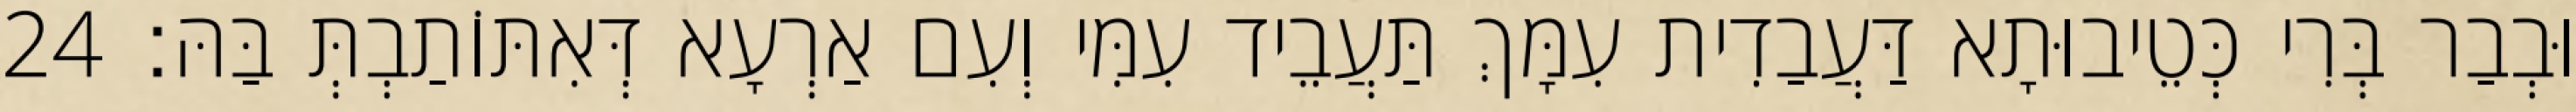
וּבְבַר בְּרִי כְּטֵיבוּתָא דַּעֲבַדִית עִמָּךְ תַּעֲבֵיד עִמִּי וְעִם אַרְעָא דְּאִתּוֹתַבְתְּ בַּהּ׃ 24